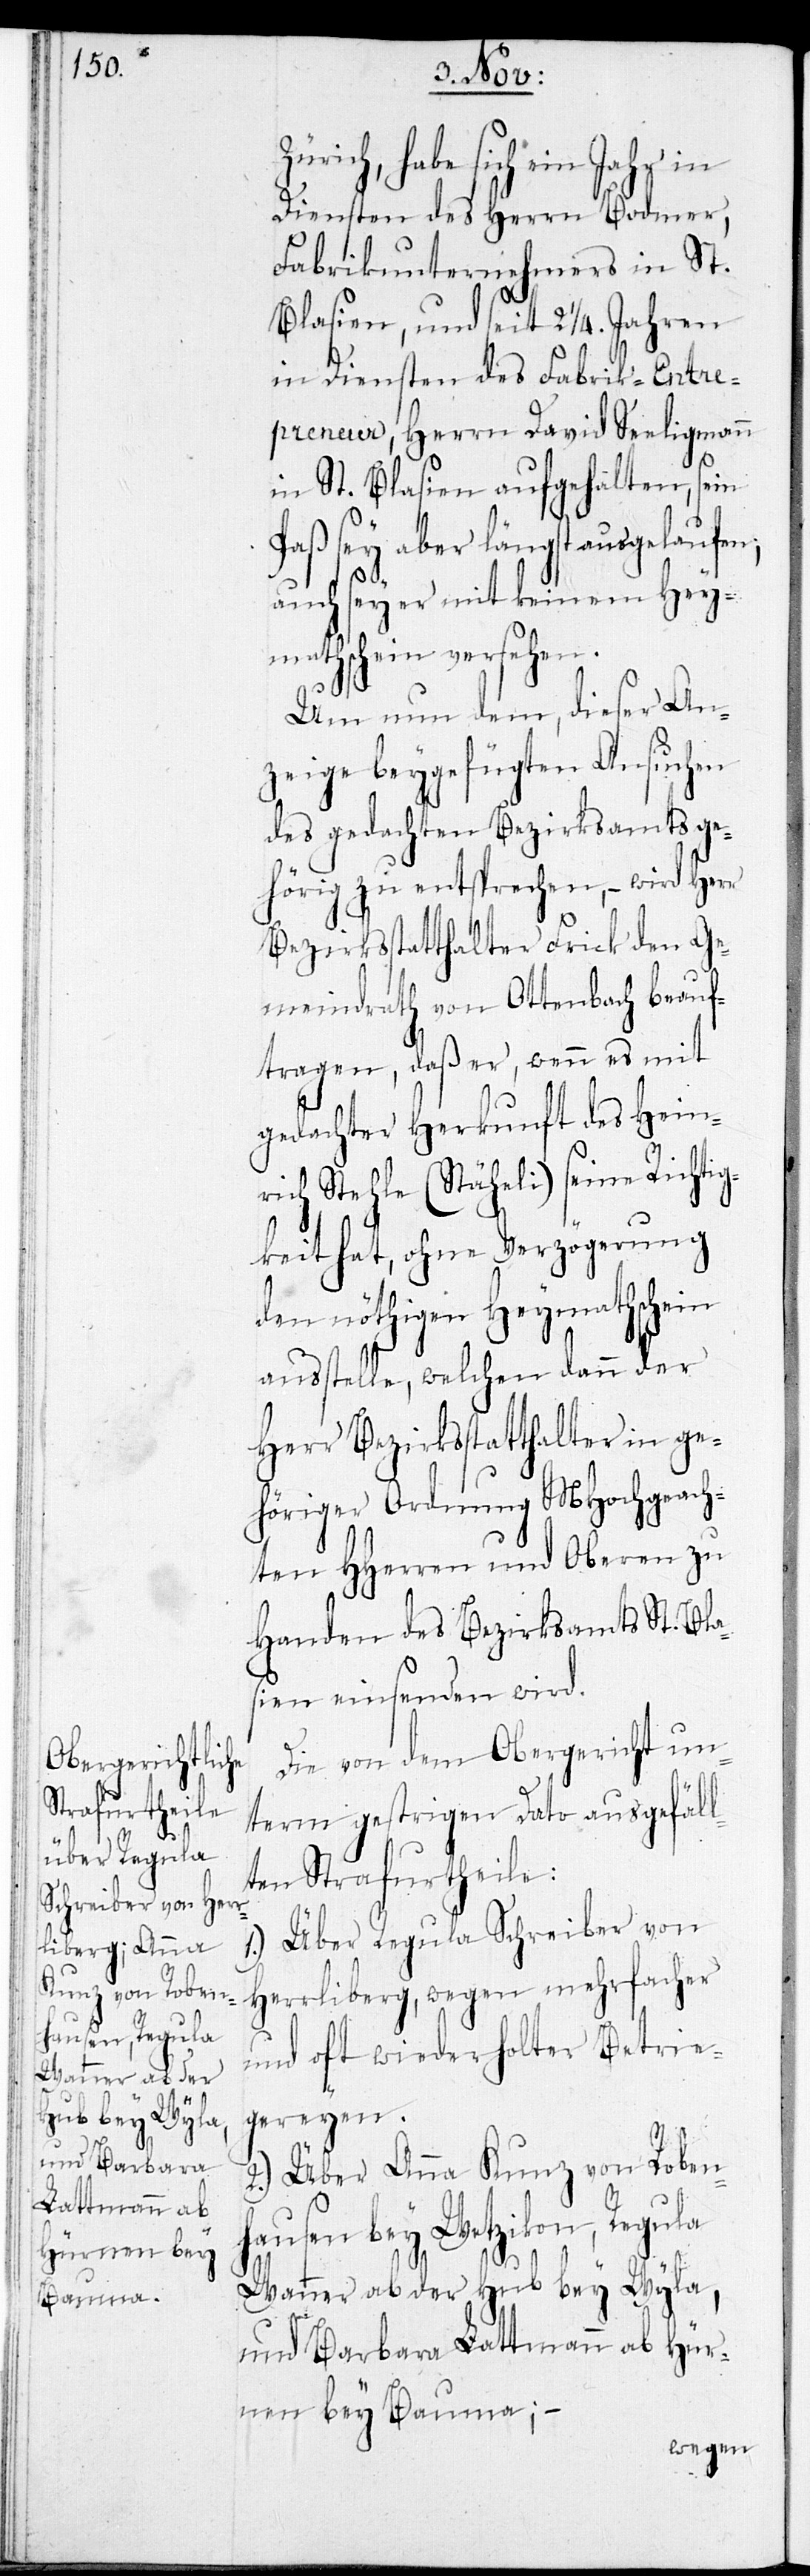
Z¬

ürich, habe sich ein Jahr in
Diensten des Herrn Bodmer,
Fabrikunternehmers in St.
Blasien, und seit 2 1/4. Jahren
in Diensten des Fabrik-Entre¬
preneur, Herrn David Seeligmann
in St. Blasien aufgehalten, sein
Paß sey aber längst ausgelaufen,
auch sey er mit keinem Hey¬
mathschein versehen.
Um nun dem, dieser An¬
zeige beygefügten Ansuchen
des gedachten Bezirksamts ge¬
hörig zu entsprechen, – wird Herr
Bezirksstatthalter Frick den Ge¬
meindrath von Ottenbach beauf¬
tragen, daß er, wenn es mit
gedachter Herkunft des Hein¬
rich Stehle (Stäheli) seine Richtig¬
keit hat, ohne Verzögerung
den nöthigen Heymathschein
ausstelle, welchen dann der
Herr Bezirksstatthalter in ge¬
höriger Ordnung MHochgeach¬
ten HHerren und Oberen zu
Handen des Bezirksamts St. Bla¬
sien einsenden wird.
Die von dem Obergericht un¬
term gestrigen Dato ausgefäll¬
ten Strafurtheile:
1.) Über Regula Schreiber von
Herrliberg, wegen mehrfacher
und oft wiederholter Betrie¬
gereyen.
2.) Über Anna Kunz von Roben¬
hausen bey Wetzikon, Regula
Wanner ab der Hub bey Wyla,
und Barbara Lattmann ab Hür¬
nen bey Bauma; –